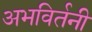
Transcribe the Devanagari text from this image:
अभविर्तनी